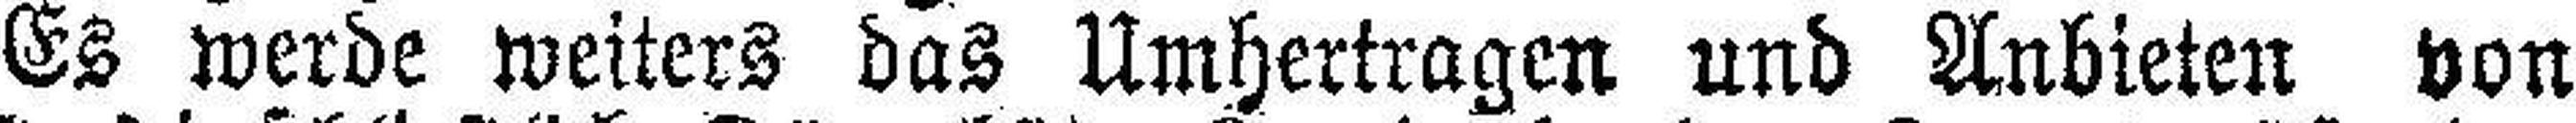
Es werde weiters das Umhertragen und Anbieten von